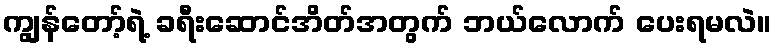
ကျွန်တော့်ရဲ့ ခရီးဆောင်အိတ်အတွက် ဘယ်လောက် ပေးရမလဲ။